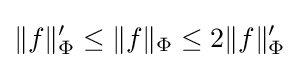
\|f\|_{\Phi }'\leq \|f\|_{\Phi }\leq 2\|f\|_{\Phi }'